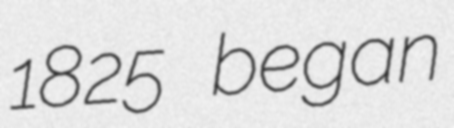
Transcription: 1825 began